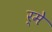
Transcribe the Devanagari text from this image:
र्मे